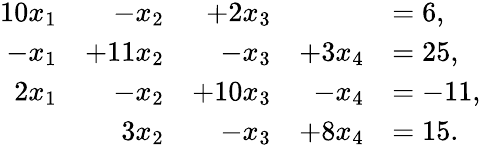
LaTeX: {\begin{array}{rrrrl}{10x_{1}}&{-x_{2}}&{+2x_{3}}&&{=6,}\\ {-x_{1}}&{+11x_{2}}&{-x_{3}}&{+3x_{4}}&{=25,}\\ {2x_{1}}&{-x_{2}}&{+10x_{3}}&{-x_{4}}&{=-11,}\\ &{3x_{2}}&{-x_{3}}&{+8x_{4}}&{=15.}\end{array}}